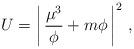
LaTeX: \begin{align*}U = \left|\, \frac{\mu^3}{\phi}+m\phi\,\right|^2\, ,\end{align*}